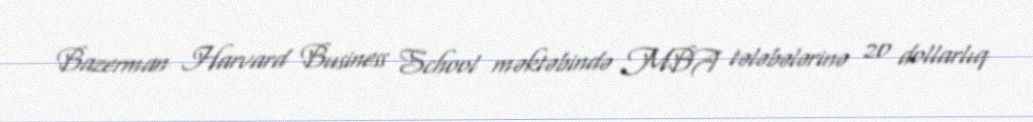
Bazerman Harvard Business School məktəbində MBA tələbələrinə 20 dollarlıq